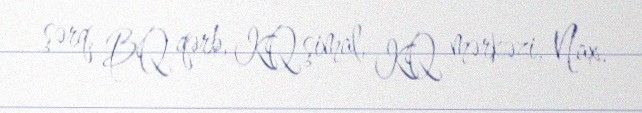
şərq, BQ qərb, KQ şimal, KQ mərkəzi, Nax.